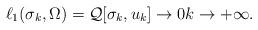
LaTeX: \begin{align*}\ell_{1}(\sigma_{k},\Omega)=\mathcal Q[\sigma_{k},u_{k}]\rightarrow 0k\to+\infty.\end{align*}